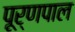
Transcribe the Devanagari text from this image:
पूर्णपाल